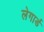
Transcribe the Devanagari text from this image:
लेगार्ड